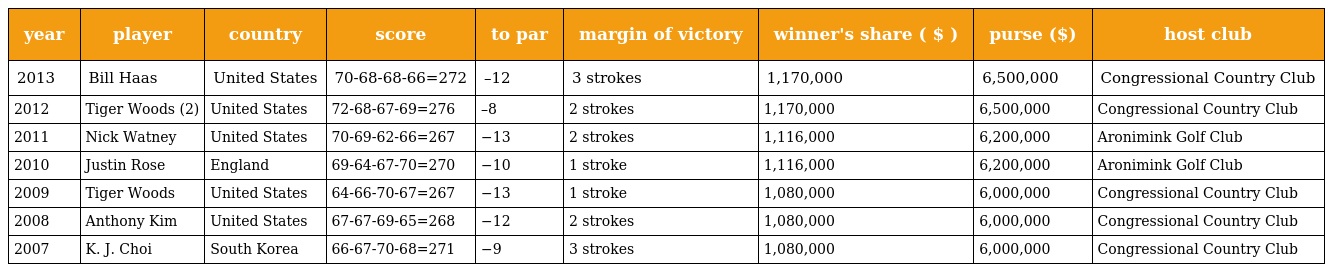
| year | player | country | score | to par | margin of victory | winner's share ( $ ) | purse ($) | host club |
 | --- | --- | --- | --- | --- | --- | --- | --- | --- |
 | 2013 | Bill Haas | United States | 70-68-68-66=272 | –12 | 3 strokes | 1,170,000 | 6,500,000 | Congressional Country Club |
 | 2012 | Tiger Woods (2) | United States | 72-68-67-69=276 | –8 | 2 strokes | 1,170,000 | 6,500,000 | Congressional Country Club |
 | 2011 | Nick Watney | United States | 70-69-62-66=267 | −13 | 2 strokes | 1,116,000 | 6,200,000 | Aronimink Golf Club |
 | 2010 | Justin Rose | England | 69-64-67-70=270 | −10 | 1 stroke | 1,116,000 | 6,200,000 | Aronimink Golf Club |
 | 2009 | Tiger Woods | United States | 64-66-70-67=267 | −13 | 1 stroke | 1,080,000 | 6,000,000 | Congressional Country Club |
 | 2008 | Anthony Kim | United States | 67-67-69-65=268 | −12 | 2 strokes | 1,080,000 | 6,000,000 | Congressional Country Club |
 | 2007 | K. J. Choi | South Korea | 66-67-70-68=271 | −9 | 3 strokes | 1,080,000 | 6,000,000 | Congressional Country Club |